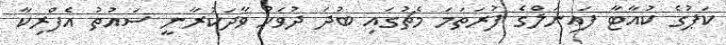
ކަޕުގެ ކުއާޓާ ފައިނަލްގެ ފުރަތަމަ މެޗުގައި ބުދަ ދުވަހު ވާދަކުރާނީ ސައުތު އެފްރިކާ